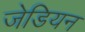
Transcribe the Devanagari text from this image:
जेडियन